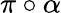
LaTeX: \pi\circ\alpha